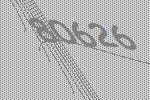
80626